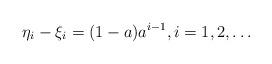
LaTeX: \begin{align*} \eta_i-\xi_i=(1-a)a^{i-1},i=1,2,\dots\end{align*}